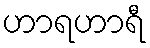
ဟာရဟာရီ